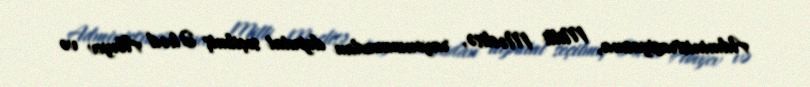
Administrasiyasına, Milli Məclisə, rayonumuzdan deputat seçilmiş Əhəd Abıyev və